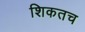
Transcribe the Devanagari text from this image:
शिकतच